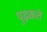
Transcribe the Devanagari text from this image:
पुढ़कते